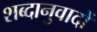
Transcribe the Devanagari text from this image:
शब्दानुवादों